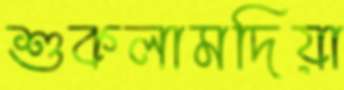
শুকলামদিয়া